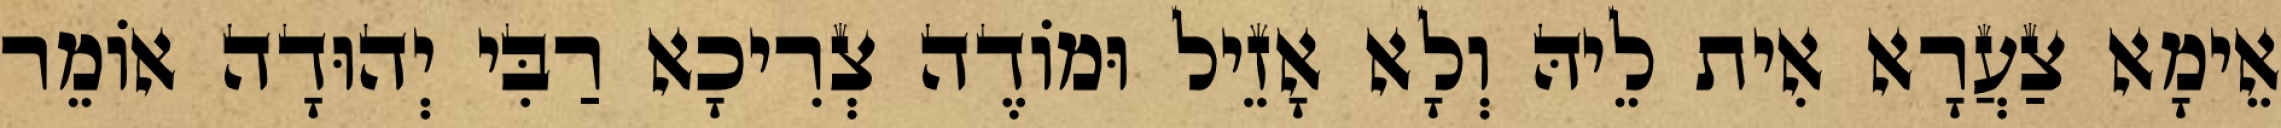
אֵימָא צַעֲרָא אִית לֵיהּ וְלָא אָזֵיל וּמוֹדֶה צְרִיכָא רַבִּי יְהוּדָה אוֹמֵר